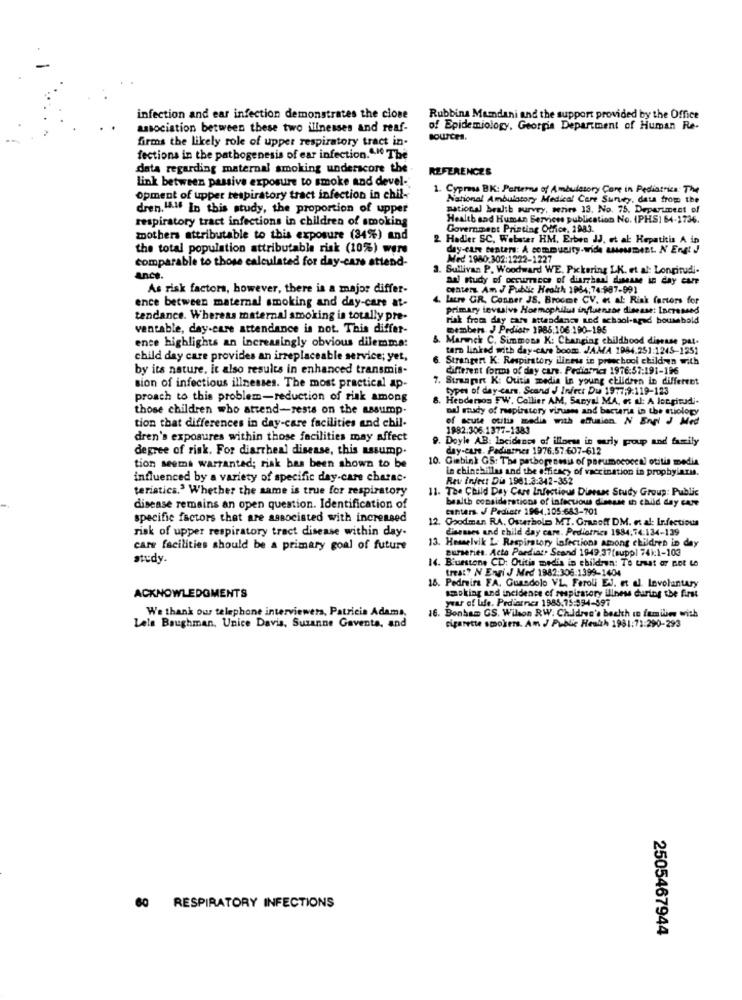
infection and ear infection demonstrates the clone
Rubbina Mamdani and the support provided by the Office
association between these two illnesses and reaf-
of Epidemiology, Georgia Department of Human Re-
firms the likely role of upper respiratory tract in-
sources.
fections in the pathogenesis of ear infection."" The
data regarding maternal smoking underscore the
REFERENCES
Link between passive exposure to smoke and devel-
1. Cypress BK: Parterna of Ambulatory Care in Pediatrica: The
Opment of upper respiratory tract infection in chil-
National Ambulatory Medical Care Suruey, data from the
dren, LA.If In this study, the proportion of upper
national bealib sur
uit survey, series 13. No. 75. Department of
respiratory tract infections in children of smoking
Health and Human Services publication No. (PHS) 64-1736.
Government Printing Office. 1983.
mothers attributable to this exposure (34%) and
. Hodler SC, Webster HM. Erben JJ, et al Hepatitis A in
the total population attributable risk (10%) were
day-care centers: A community.wide LAMBIEL. N Engl J
comparable to those calculated for day-care attend-
Med 1980.302:1222-1227
3. Sullivan P. Woodward WE, Pickering LK. et al: Longitudi.
ance.
aai study of occurrence of diaryhan! disease in day care
As risk factors, however, there is a major differ-
centers Am J Public Health 1984;74:987-991
ence between maternal smoking and day-care at-
.lacre GR. Conner JS. Broome CV. et al: Risk factors for
primary invasive Hormophilus influenzae disease: Incremed
tendance. Whereas maternal smoking is totally pre-
risk from day care attendants and school-aged household
ventable, day-care attendance is not. This differ-
members J Pediatr 1985.106:190-185
ence highlights an increasingly obvious dilemma:
5. Marinck C. Simmons K: Changing childhood disesse pat.
tarn linked with day-care boom. JAMA 1984.251:1245-1251
child day care provides an irreplaceable service; yet,
Strangert K: Respiratory illness in preschool children with
by its nature, it also results in enhanced transmis-
different forms of day care. Pediatrics 1976:57:191-196
7. Stranport K: Otitis media in young children in different
sion of infectious illnesses. The most practical ap-
types of day-care. Scand J Infect Du 1977;9:119-123
proach to this problem-reduction of risk among
8. Hendersos FW. Collier AM, Sanyal MA, et al: A longitudi.
those children who attend-rests on the assump.
Dal study of respiratory viruses and bacteria in the miology
of acute otitis media with effusion. N Engl J Med
tion that differences in day-care facilities and chil-
1982.306 1377-1383
dren's exposures within those facilities may affect
9. Doyle AB: Incidence of illoew in early proup and family
degree of risk. For diarrheal disease, this assump.
day-care. Padiasmics 1976.57:607-612
10. Giebink GS: The pathogenesis of pneumococcal otitis media
tion seems warranted; risk has been shown to be
Le chinchillas and the efficacy of vaccination in prophyiarus.
influenced by a variety of specific day-care charac-
Rev infect Dis 1981:3:342-352
teristics." Whether the same is true for respiratory
11. The Child Day Care Infectious Disease Study Group: Public
bealth considerations of infectious disease th child day care
disease remains an open question. Identification of
canters. J Pediete 1964,105:683-701
specific factors that are associated with increased
12. Goodman RA. Osterbolo MT. Granoff DM. et al: Infectious
risk of upper respiratory tract disease within day-
diseases and child day care. Pediatrics 1884,74:134-139
13. Hesselvik L Respiratory Infections among children in de
care facilities should be a primary goal of future
eurseries. Acto Paediat. Scand 1949 37(suppl 74):1-103
study.
14. B'uestone CD: Otitis media in children: Te that ar cot Le
treat? N Engi J Med 1982:306:1399-1404
16. Pedreira FA. Cuandolo VL. Feroli EJ. et al. Levoluntary
ACKNOWLEDGMENTS
smoking and incidence of respiratory illness during the first
year of life. Pediarnes 1985,75:594-597
We thank our telephone interviewers, Patricia Adams,
16. Bonham GS. Wilson RW. Chidres's beckth in families with
cigarette smokers. Am J Public Health 1981:71:290-293
Lala Baughman, Unice Davis, Suzanne Gavente, and
60 RESPIRATORY INFECTIONS
2505467944